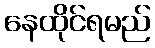
နေထိုင်ရမည်